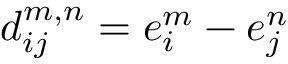
d _ { i j } ^ { m , n } = e _ { i } ^ { m } - e _ { j } ^ { n }